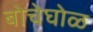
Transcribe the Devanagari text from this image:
बोचेघोळ